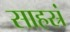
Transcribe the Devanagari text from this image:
साहस्रं